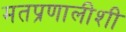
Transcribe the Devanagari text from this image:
मतप्रणालीशी